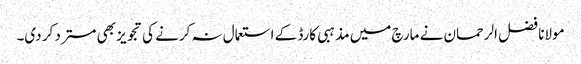
مولانا فضل الرحمان نے مارچ میں مذہبی کارڈ کے استعمال نہ کرنے کی تجویز بھی مسترد کر دی۔